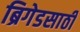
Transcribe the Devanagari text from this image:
ब्रिगेडसाठी